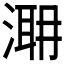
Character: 𣹼